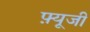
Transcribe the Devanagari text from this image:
फ़्यूजी